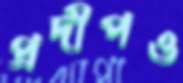
প্রদীপও